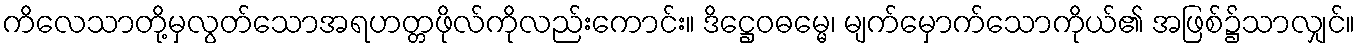
ကိလေသာတို့မှလွတ်သောအရဟတ္တဖိုလ်ကိုလည်းကောင်း။ ဒိဋ္ဌေဝဓမ္မေ၊ မျက်မှောက်သောကိုယ်၏ အဖြစ်၌သာလျှင်။